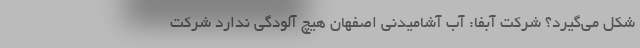
شکل می‌گیرد؟ شرکت آبفا: آّب آشامیدنی اصفهان هیچ آلودگی ندارد شرکت